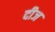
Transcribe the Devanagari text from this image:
दीज